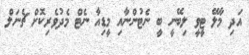
އަދި މާލޭ ޓީވީ ލިބޭނީ ބީ ނެޓުންނާއި މީޑިއާ ނެޓް މެދުވެރިކޮށް ޗެނަލް